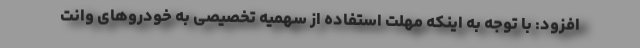
افزود: با توجه به اینکه مهلت استفاده از سهمیه تخصیصی به خودروهای وانت